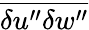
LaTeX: \overline{{{\delta u^{\prime\prime}\delta w^{\prime\prime}}}}